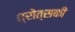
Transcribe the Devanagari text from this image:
त्रोत्सकी